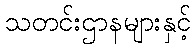
သတင်းဌာနများနှင့်